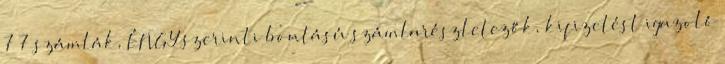
7 7 számlák, ÉNGY szerinti bontású számlarészletezők, kifizetést igazoló